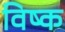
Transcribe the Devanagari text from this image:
विष्क